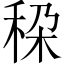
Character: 𮃄